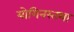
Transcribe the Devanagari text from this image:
योगिनस्तथा